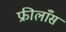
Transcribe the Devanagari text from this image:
फ्रीलाँस